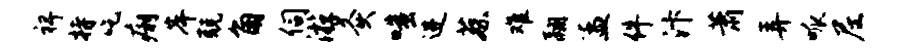
裨持吃痢岸兢角伺游灸嗤进蔡难翮孟件汴萧弄呱尼